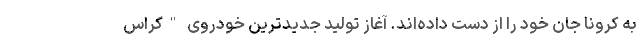
به کرونا جان خود را از دست داده‌اند. آغاز تولید جدیدترین خودروی "کراس